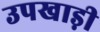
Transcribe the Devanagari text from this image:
उपखाड़ी